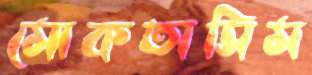
মোকতাসিম